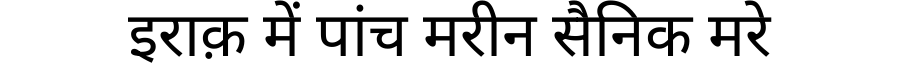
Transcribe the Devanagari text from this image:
इराक़ में पांच मरीन सैनिक मरे